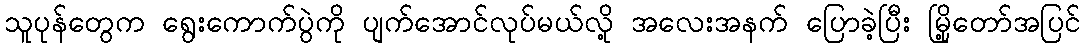
သူပုန်တွေက ရွေးကောက်ပွဲကို ပျက်အောင်လုပ်မယ်လို့ အလေးအနက် ပြောခဲ့ပြီး မြို့တော်အပြင်